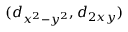
( d _ { x ^ { 2 } - y ^ { 2 } } , d _ { 2 x y } )